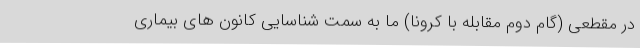
در مقطعی (گام دوم مقابله با کرونا) ما به سمت شناسایی کانون های بیماری